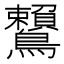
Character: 𪈐